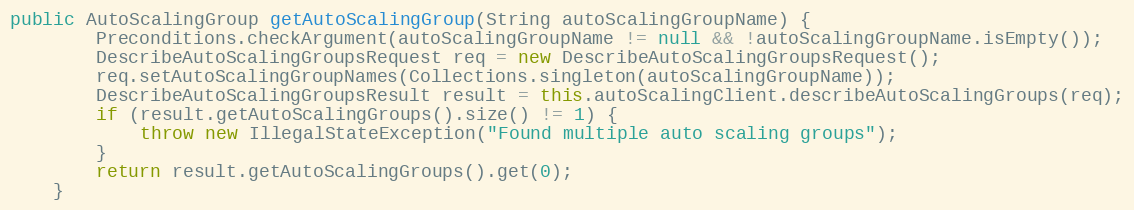
Language: Java
public AutoScalingGroup getAutoScalingGroup(String autoScalingGroupName) {
        Preconditions.checkArgument(autoScalingGroupName != null && !autoScalingGroupName.isEmpty());
        DescribeAutoScalingGroupsRequest req = new DescribeAutoScalingGroupsRequest();
        req.setAutoScalingGroupNames(Collections.singleton(autoScalingGroupName));
        DescribeAutoScalingGroupsResult result = this.autoScalingClient.describeAutoScalingGroups(req);
        if (result.getAutoScalingGroups().size() != 1) {
            throw new IllegalStateException("Found multiple auto scaling groups");
        }
        return result.getAutoScalingGroups().get(0);
    }